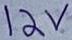
Text: 12V